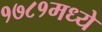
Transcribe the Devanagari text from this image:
१७८१मध्ये